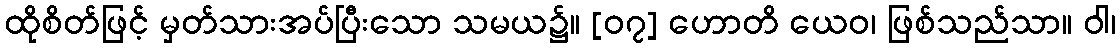
ထိုစိတ်ဖြင့် မှတ်သားအပ်ပြီးသော သမယ၌။ [၀၇] ဟောတိ ယေဝ၊ ဖြစ်သည်သာ။ ဝါ၊